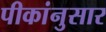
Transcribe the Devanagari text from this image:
पीकांनुसार